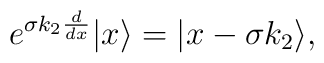
e^{\sigma k_2{d\over dx}}|x\rangle=|x-\sigma k_2\rangle,